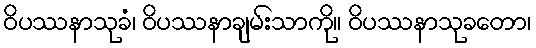
ဝိပဿနာသုခံ၊ ဝိပဿနာချမ်းသာကို။ ဝိပဿနာသုခတော၊